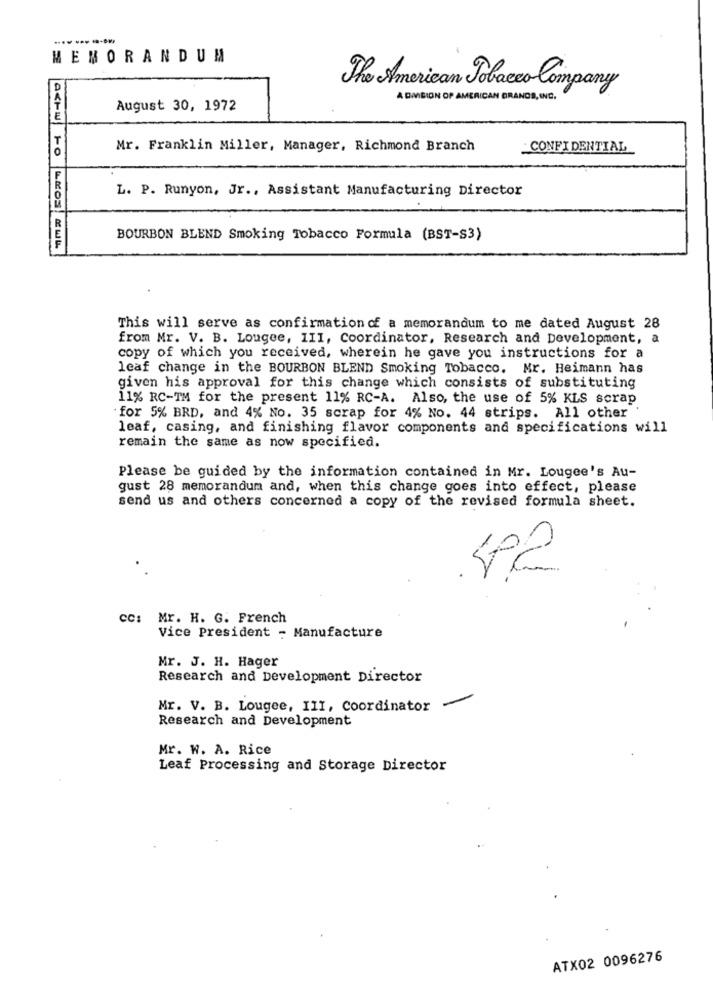
MEMORANDUM
The American Tobacco Company
A DIVISION OF AMERICAN GRANDS, INC.
August 30, 1972
Mr. Franklin Miller, Manager, Richmond Branch
CONFIDENTIAL
L. P. Runyon, Jr ., Assistant Manufacturing Director
BOURBON BLEND Smoking Tobacco Formula (BST-S3)
ACTU TO LINOS KEWL
This will serve as confirmation of a memorandum to me dated August 28
from Mr. V. B. Lougee, III, Coordinator, Research and Development, a
copy of which you received, wherein he gave you instructions for a
leaf change in the BOURBON BLEND Smoking Tobacco. Mr. Heimann has
given his approval for this change which consists of substituting
11% RC-TM for the present 11% RC-A. Also, the use of 5% KLS scrap
for 5% BRD, and 4% No. 35 scrap for 4% No. 44 strips. All other
leaf, casing, and finishing flavor components and specifications will
remain the same as now specified.
Please be guided by the information contained in Mr. Lougee's Au-
gust 28 memorandum and, when this change goes into effect, please
send us and others concerned a copy of the revised formula sheet.
42
CC: Mr. H. G. French
Vice President - Manufacture
Mr. J. H. Hager
Research and Development Director
Mr. V. B. Lougee, III, Coordinator
Research and Development
Mr. W. A. Rice
Leaf Processing and Storage Director
ATX02 0096276